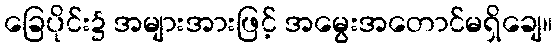
ခြေပိုင်း၌ အများအားဖြင့် အမွေးအတောင်မရှိချေ။